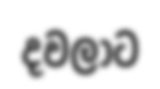
දවලාට